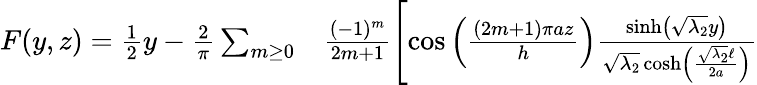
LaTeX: \begin{array}{rl}{F(y,z)=\frac{1}{2}y-\frac{2}{\pi}\sum_{m\geq 0}}&{{}\frac{(-1)^{m}}{2m+1}\left[\cos\left(\frac{(2m+1)\pi az}{h}\right)\frac{\sinh\left(\sqrt{\lambda_{2}}y\right)}{\sqrt{\lambda_{2}}\cosh\left(\frac{\sqrt{\lambda_{2}}\ell}{2a}\right)}\right.}\end{array}